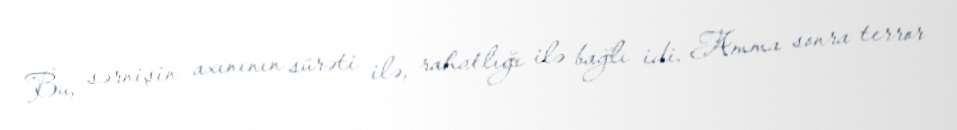
Bu, sərnişin axınının sürəti ilə, rahatlığı ilə bağlı idi. Amma sonra terror